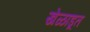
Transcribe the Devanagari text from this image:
खेळाडूत